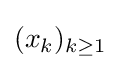
(x_{k})_{k\geq 1}